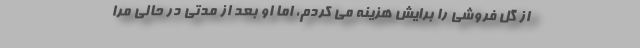
از گل فروشی را برایش هزینه می کردم، اما او بعد از مدتی در حالی مرا